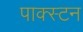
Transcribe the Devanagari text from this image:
पाक्स्टन